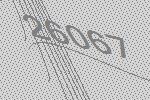
26067